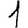
Digit: 1